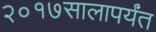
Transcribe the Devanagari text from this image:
२०१७सालापर्यंत